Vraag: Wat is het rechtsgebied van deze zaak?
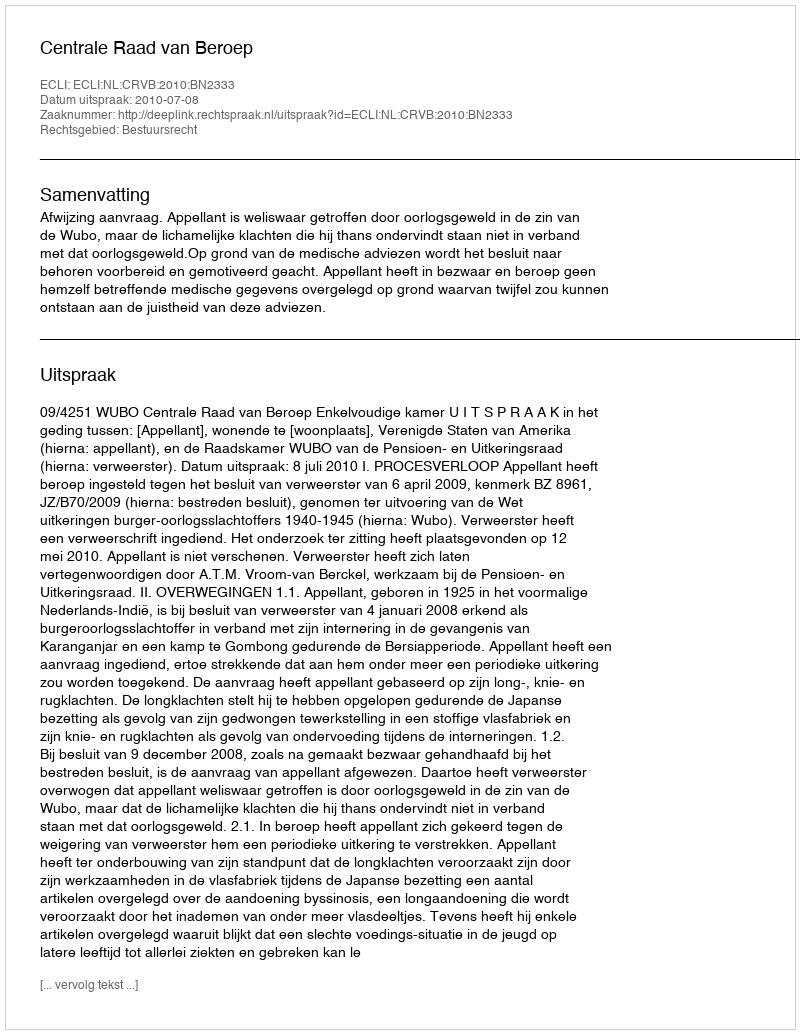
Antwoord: Bestuursrecht